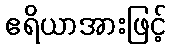
ဧရိယာအားဖြင့်